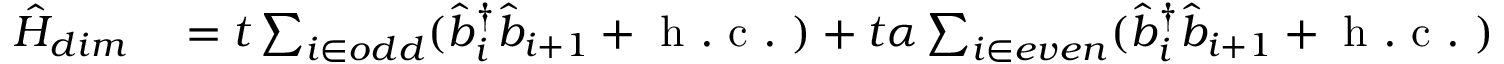
\begin{array} { r l } { \hat { H } _ { d i m } } & { { } = t \sum _ { i \in o d d } ( \hat { b } _ { i } ^ { \dagger } \hat { b } _ { i + 1 } + \mathrm { ~ h ~ . ~ c ~ . ~ } ) + t \alpha \sum _ { i \in e v e n } ( \hat { b } _ { i } ^ { \dagger } \hat { b } _ { i + 1 } + \mathrm { ~ h ~ . ~ c ~ . ~ } ) } \end{array}